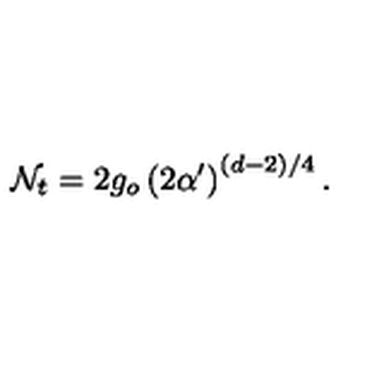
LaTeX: \mathcal { N } _ { t } = 2 g _ { o } \left( 2 \alpha ^ { \prime } \right) ^ { ( d - 2 ) / 4 } .